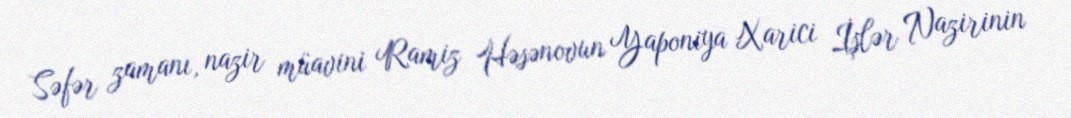
Səfər zamanı, nazir müavini Ramiz Həsənovun Yaponiya Xarici İşlər Nazirinin